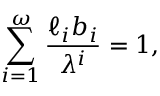
\sum _ { i = 1 } ^ { \omega } { \frac { \ell _ { i } b _ { i } } { \lambda ^ { i } } } = 1 ,